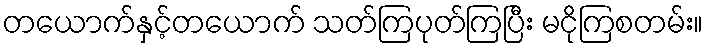
တယောက်နှင့်တယောက် သတ်ကြပုတ်ကြပြီး မငိုကြစတမ်း။